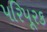
પરિપૂરક